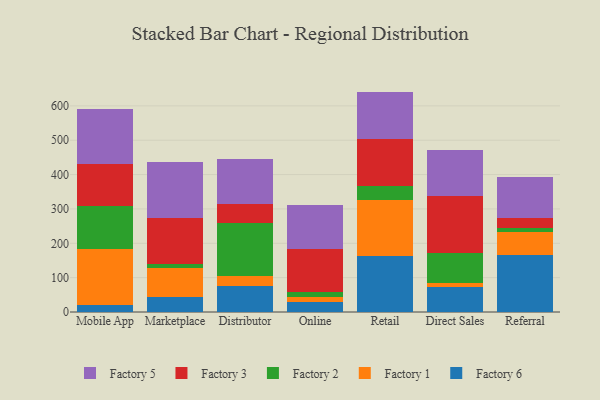
{"axis": {"x": "Channel", "y": "Satisfaction Score"}, "legend": ["Factory 1", "Factory 2", "Factory 3", "Factory 5", "Factory 6"], "data": [{"x": "Mobile App", "y": 19.9, "type": "Factory 6"}, {"x": "Mobile App", "y": 162.7, "type": "Factory 1"}, {"x": "Mobile App", "y": 124.9, "type": "Factory 2"}, {"x": "Mobile App", "y": 122.3, "type": "Factory 3"}, {"x": "Mobile App", "y": 161.9, "type": "Factory 5"}, {"x": "Marketplace", "y": 44.4, "type": "Factory 6"}, {"x": "Marketplace", "y": 84.8, "type": "Factory 1"}, {"x": "Marketplace", "y": 11.4, "type": "Factory 2"}, {"x": "Marketplace", "y": 133.4, "type": "Factory 3"}, {"x": "Marketplace", "y": 163.7, "type": "Factory 5"}, {"x": "Distributor", "y": 76.1, "type": "Factory 6"}, {"x": "Distributor", "y": 29.5, "type": "Factory 1"}, {"x": "Distributor", "y": 154.7, "type": "Factory 2"}, {"x": "Distributor", "y": 53.5, "type": "Factory 3"}, {"x": "Distributor", "y": 132.1, "type": "Factory 5"}, {"x": "Online", "y": 27.8, "type": "Factory 6"}, {"x": "Online", "y": 15.3, "type": "Factory 1"}, {"x": "Online", "y": 15.4, "type": "Factory 2"}, {"x": "Online", "y": 125.8, "type": "Factory 3"}, {"x": "Online", "y": 127.6, "type": "Factory 5"}, {"x": "Retail", "y": 163.6, "type": "Factory 6"}, {"x": "Retail", "y": 162.3, "type": "Factory 1"}, {"x": "Retail", "y": 40.6, "type": "Factory 2"}, {"x": "Retail", "y": 138.0, "type": "Factory 3"}, {"x": "Retail", "y": 137.1, "type": "Factory 5"}, {"x": "Direct Sales", "y": 72.5, "type": "Factory 6"}, {"x": "Direct Sales", "y": 10.9, "type": "Factory 1"}, {"x": "Direct Sales", "y": 89.6, "type": "Factory 2"}, {"x": "Direct Sales", "y": 165.2, "type": "Factory 3"}, {"x": "Direct Sales", "y": 132.3, "type": "Factory 5"}, {"x": "Referral", "y": 165.6, "type": "Factory 6"}, {"x": "Referral", "y": 66.3, "type": "Factory 1"}, {"x": "Referral", "y": 13.0, "type": "Factory 2"}, {"x": "Referral", "y": 29.7, "type": "Factory 3"}, {"x": "Referral", "y": 118.8, "type": "Factory 5"}]}